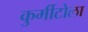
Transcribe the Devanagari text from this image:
कुर्मीटोला